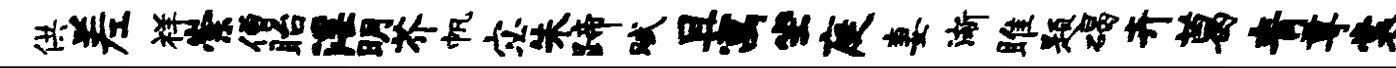
供差祥崇僧眙淫明芥帆宓朱蹄赋且寓坐庭妻渐雎题碣卉葛青尊裳